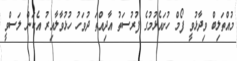
މުއްތަލިބް ވިދާޅުވީ ފޯމް ހުށައެޅުމުގެ ފުރުސަތު އާދިއްތަ ދުވަހު ހުޅުވާލާއިރު އެކަން ލަސްވީ